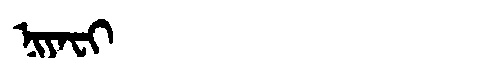
Manchu: ᠨᡳᠶᠠᠸᡳ
Romanization: NIYAFI